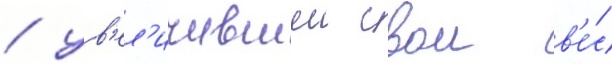
/ ув'ел'ичившеи свои в'е́с